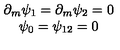
\begin{array} { c } { \partial _ { m } \psi _ { 1 } = \partial _ { m } \psi _ { 2 } = 0 } \\ { \psi _ { 0 } = \psi _ { 1 2 } = 0 } \\ \end{array}